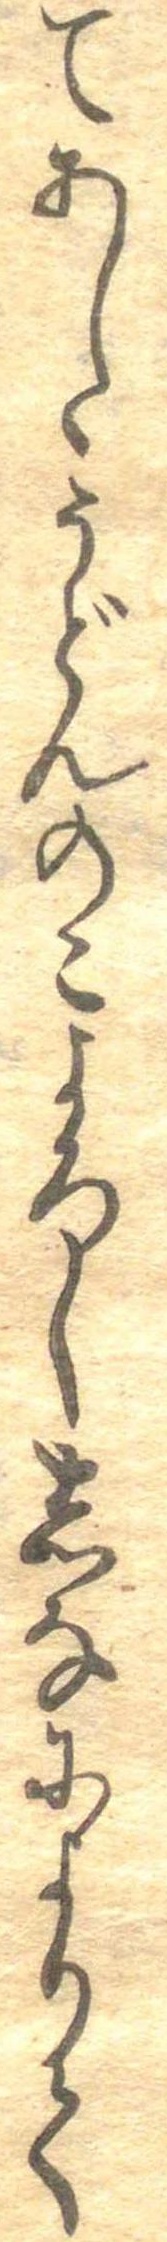
てあしゝうどんのこよろししなによりて